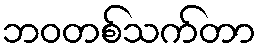
ဘဝတစ်သက်တာ